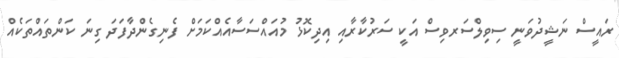
ރައީސް ނަޝީދުވަނީ ސިވިލްސަރވިސް އަކީ ސަރުކާރާއި އިދިކޮޅު މުއައްސަސާއެއްކަމަށް ފެނިގެންދާފަދަ ގިނަ ކަންތައްތަކެއް